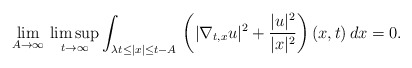
\begin{align*}\lim_{A\to\infty}\,\limsup_{t\to\infty}\int_{\lambda t\leq |x|\leq t-A}\,\left(|\nabla_{t,x}u|^2+\frac{|u|^2}{|x|^2}\right)(x,t)\,dx=0.\end{align*}